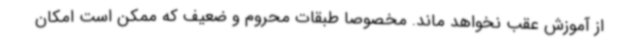
از آموزش عقب نخواهد ماند. مخصوصاً طبقات محروم و ضعیف که ممکن است امکان